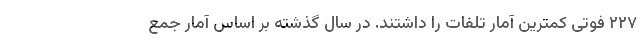
۲۲۷ فوتی کمترین آمار تلفات را داشتند. در سال گذشته بر اساس آمار جمع